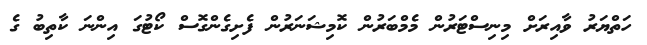
ހަތްޔަރު ވާއިރަށް މިނިސްޓަރުން މެމްބަރުން ކޮމިޝަނަރުން ފެށިގެންގޮސް ކޯޓުގަ އިންނަ ކާތިބު ގެ